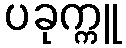
ပခုက္ကူ